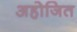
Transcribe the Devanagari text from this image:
अहोजित